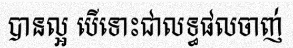
បានល្អ បើទោះជាលទ្ធផលចាញ់